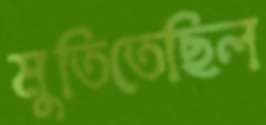
মুতিতেছিল